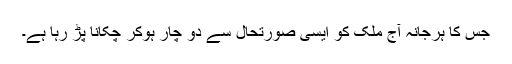
جس کا ہرجانہ آج ملک کو ایسی صورتحال سے دو چار ہوکر چکانا پڑ رہا ہے۔